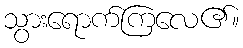
သွားရောက်ကြလေ၏။